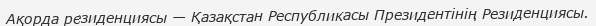
Ақорда резиденциясы — Қазақстан Республикасы Президентінің Резиденциясы.